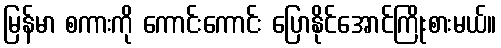
မြန်မာ စကားကို ကောင်းကောင်း ပြောနိုင်အောင်ကြိုးစားမယ်။